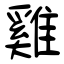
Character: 雞